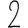
Digit: 2